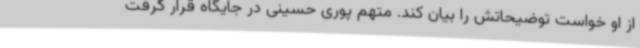
از او خواست توضیحاتش را بیان کند. متهم پوری حسینی در جایگاه قرار گرفت